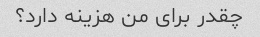
چقدر برای من هزینه دارد؟